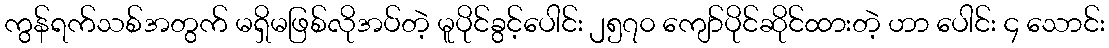
ကွန်ရက်သစ်အတွက် မရှိမဖြစ်လိုအပ်တဲ့ မူပိုင်ခွင့်ပေါင်း ၂၅၇၀ ကျော်ပိုင်ဆိုင်ထားတဲ့ ဟာ ပေါင်း ၄ သောင်း